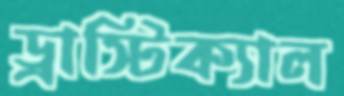
ড্রাস্টিক্যাল